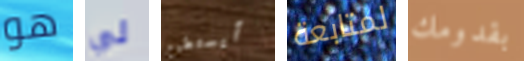
هو لي أيستطيع لمتابعة بقدومك